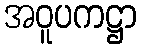
အဝူပကဋ္ဌာ